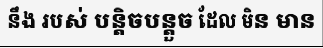
នឹង របស់ បន្តិចបន្តួច ដែល មិន មាន